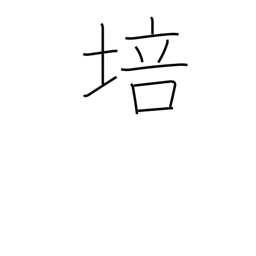
Meaning: foster